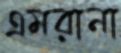
এমরানা